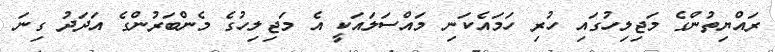
ރައްޔިތުންގެ މަޖިލިހުގައި ހުރި ހަމައެކަނި މައްސަލައަކީ އެ މަޖިލިހުގެ މެންބަރުންގެ އަދަދު ގިނަ